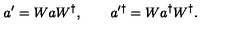
a ^ { \prime } = W a W ^ { \dagger } , \qquad a ^ { \prime \dagger } = W a ^ { \dagger } W ^ { \dagger } .